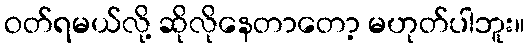
ဝတ်ရမယ်လို့ ဆိုလိုနေတာတော့ မဟုတ်ပါဘူး။